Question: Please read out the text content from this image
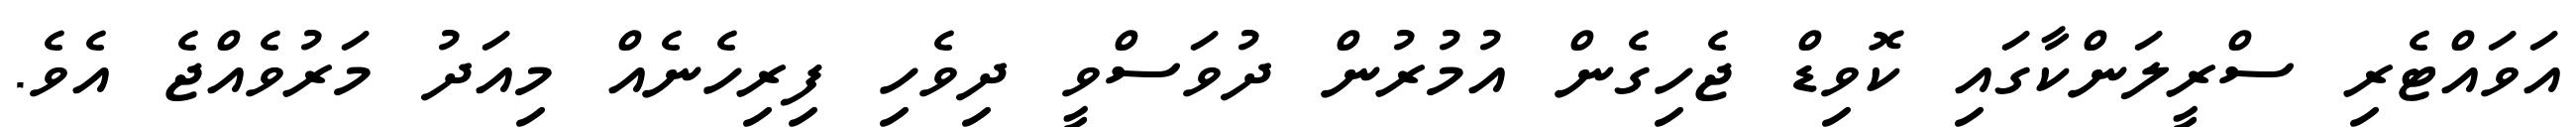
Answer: އަވައްޓެރި ސްރީލަންކާގައި ކޮވިޑް ޖެހިގެން އުމުރުން ދުވަސްވީ ދިވެހި ފިރިހެނެއް މިއަދު މަރުވެއްޖެ އެވެ.